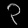
Digit: ၃